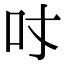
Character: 𠮼